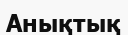
Анықтық